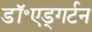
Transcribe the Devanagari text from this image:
डॉ॰एड्गर्टन